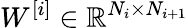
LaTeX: W^{[i]}\in\mathbb{R}^{N_{i}\times N_{i+1}}